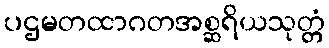
ပဌမတထာဂတအစ္ဆရိယသုတ္တံ